Document type: payment_order
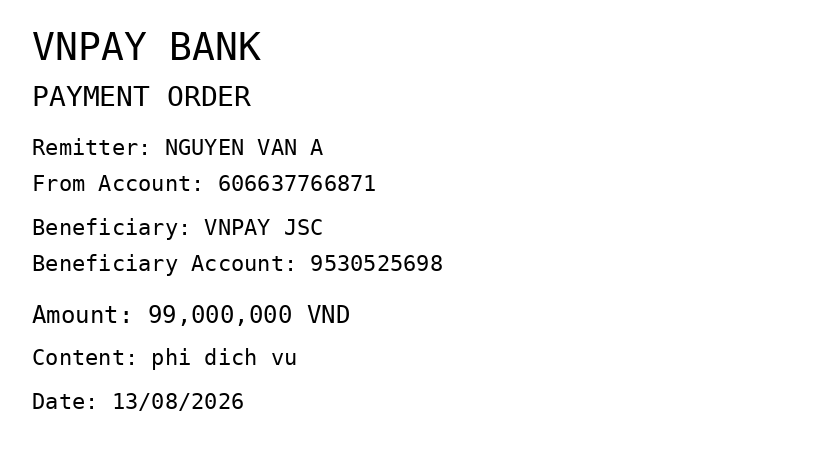
OCR transcript:
VNPAY BANK
PAYMENT ORDER
Remitter: NGUYEN VAN A
From Account: 606637766871
Beneficiary: VNPAY JSC
Beneficiary Account: 9530525698
Amount: 99,000,000 VND
Content: phi dich vu
Date: 13/08/2026
Extracted fields:
bank_name: vnpay bank
sender_name: nguyen van a
sender_account: 606637766871
beneficiary_name: vnpay jsc
beneficiary_account: 9530525698
amount: 99000000
content: phi dich vu
date: 2026-08-13